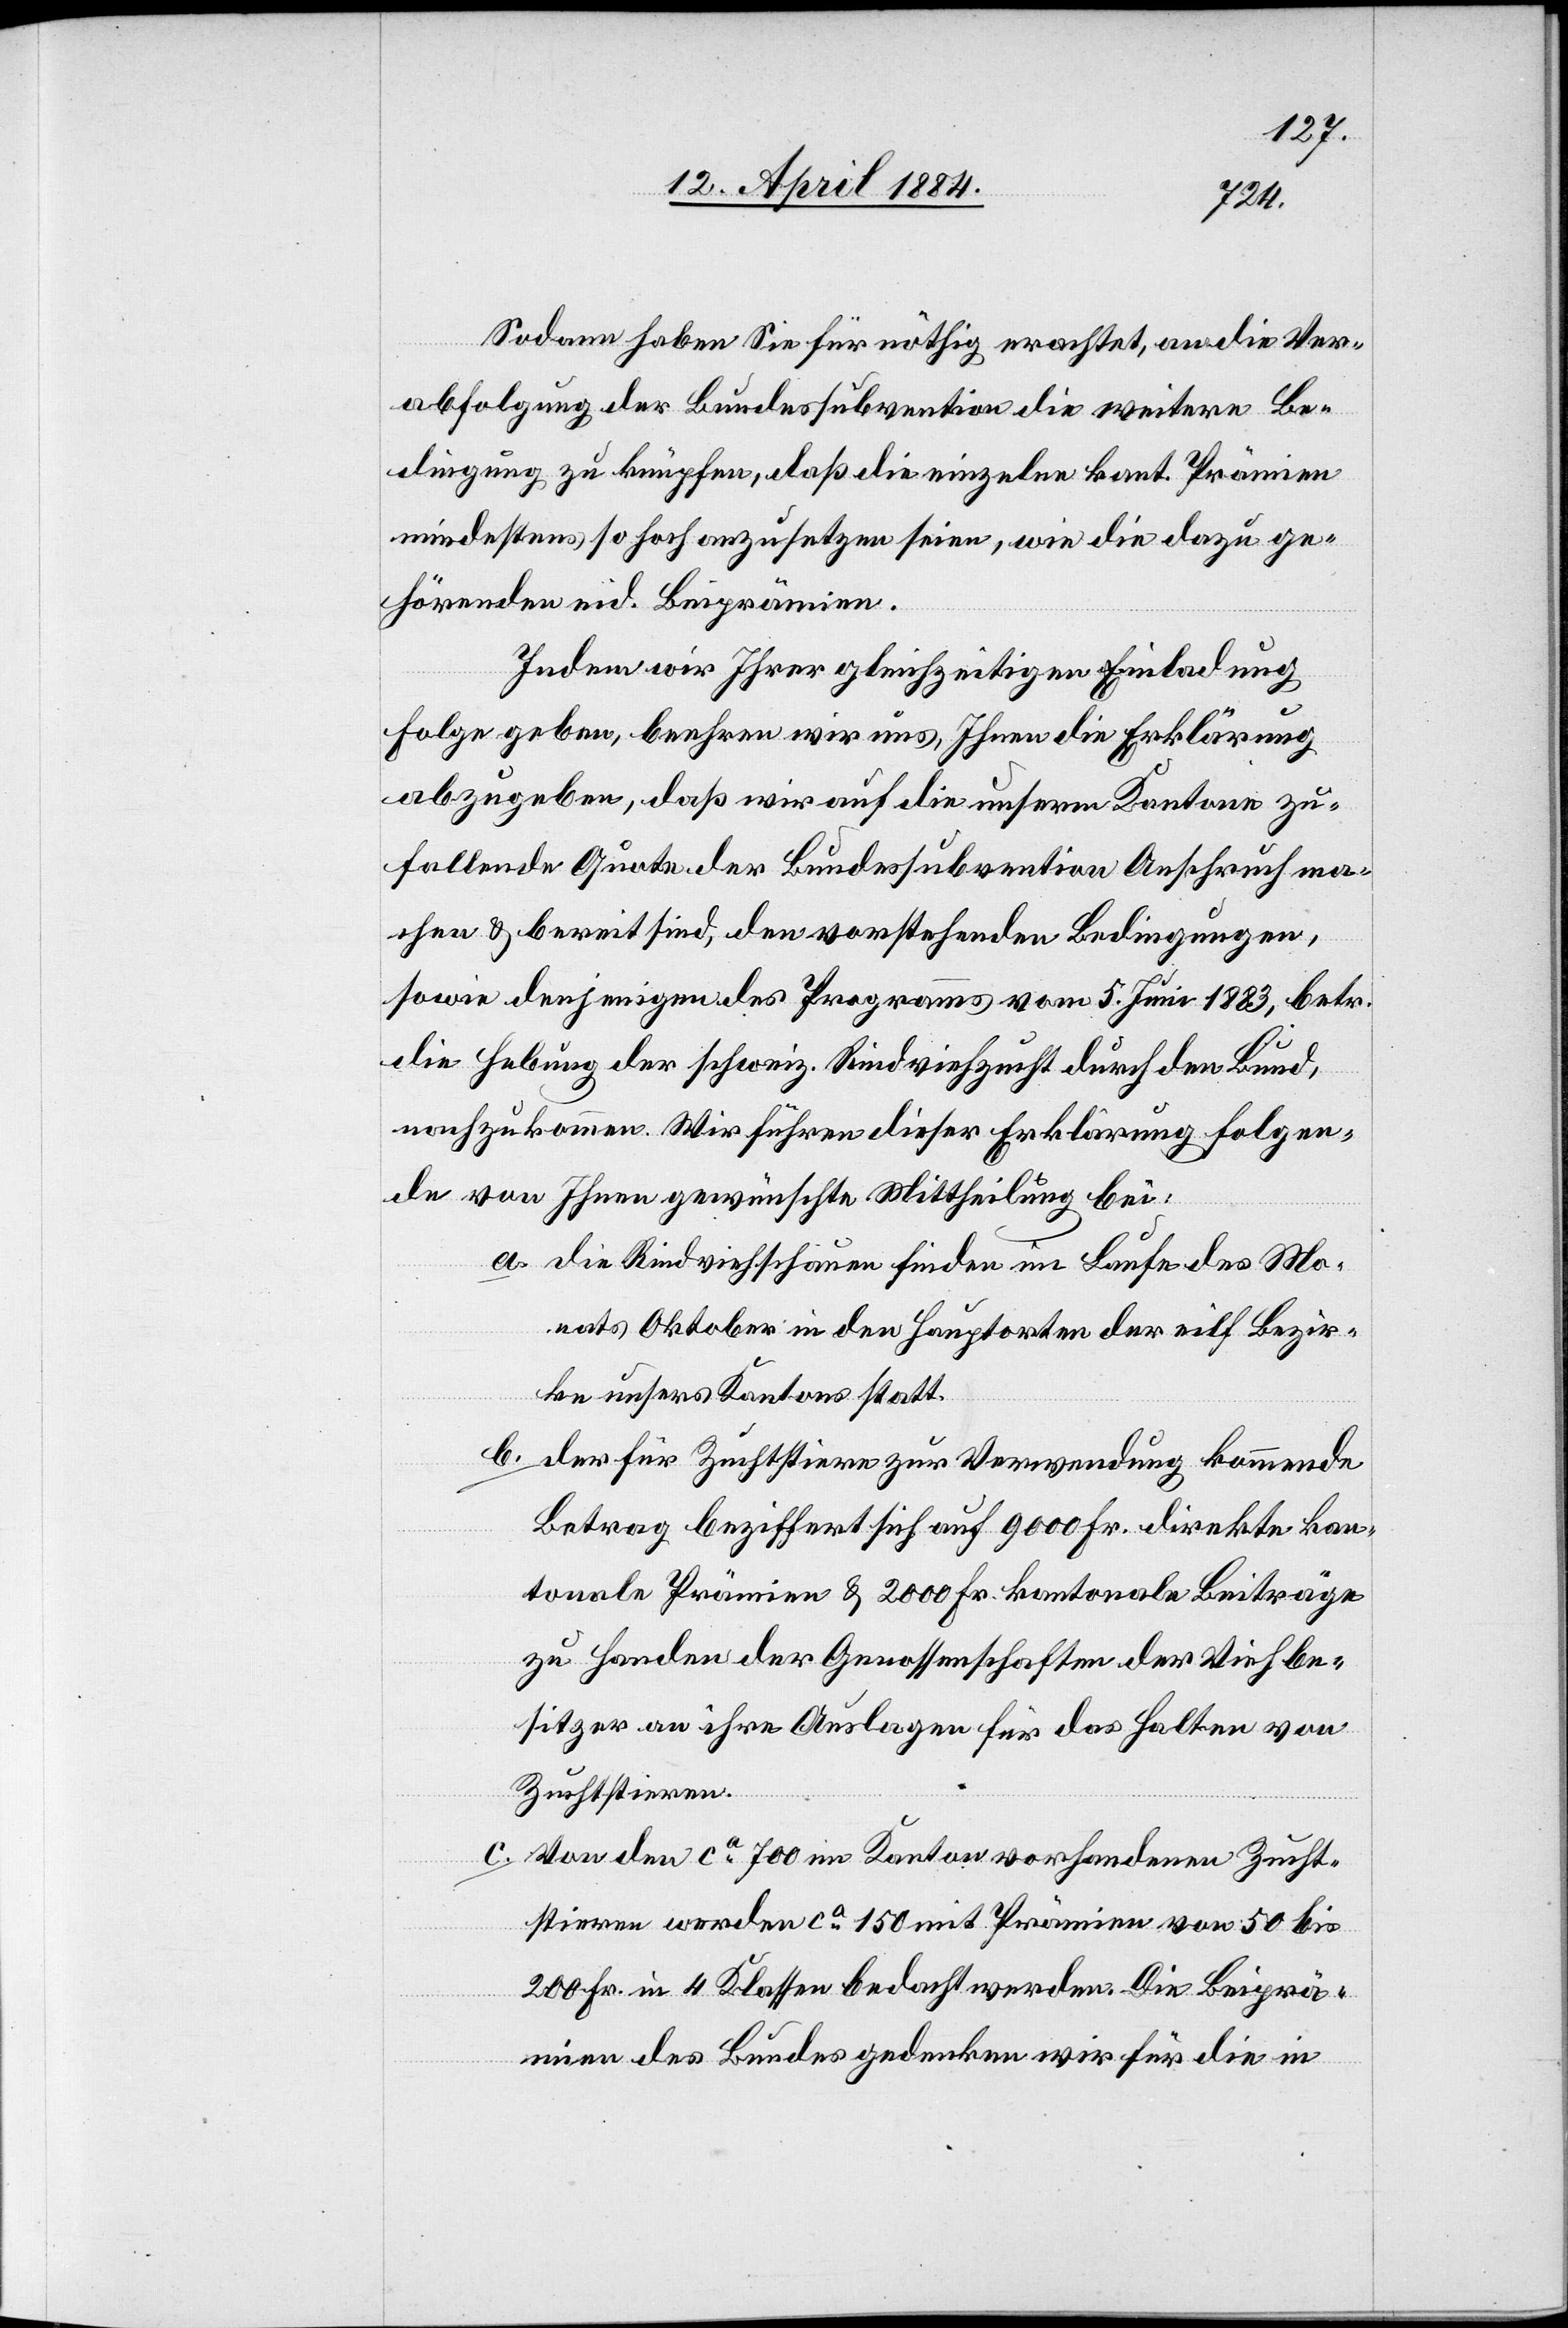
Sodann haben Sie für nöthig erachtet, an die Ver¬
abfolgung der Bundessubvention die weitere Be¬
dingung zu knüpfen, daß die einzelne kant. Prämien
mindestens so hoch anzusetzen seien, wie die dazu ge¬
hörenden eid. Beiprämien.
Indem wir Ihrer gleichzeitigen Einladung
Folge geben, beehren wir uns, Ihnen die Erklärung
abzugeben, daß wir auf die unsern Kantone zu¬
fallende Quote der Bundessubvention Anschruch
machen & bereit sind, den vorstehenden Bedingungen,
sowie denjenigen des Programms vom 5. Juni 1883, betr.
die Hebung der schweiz. Rindviehzucht durch den Bund,
nachzukommen. Wir führen dieser Erklärung folgen¬
de von Ihnen gewünschte Mittheilung bei:
a. die Rindviehschauen finden im Laufe des Mo¬
nats Oktober in den Hauptorten der elf Bezir¬
ke unsers Kantons statt.
b. der für Zuchtstiere zur Verwendung kommende
Betrag beziffert sich auf 9000 Fr. direkte kan¬
tonale Prämie & 2000 Fr. kantonale Beiträge
zu Handen der Genossenschaften der Viehbe¬
sitzer an ihre Auslagen für das Halten von
Zuchtstieren.
c. Von den ca 700 im Kanton vorhandenen Zucht¬
stieren werden ca 150 mit Prämien von 50 bis
200 Fr. in 4 Klassen bedacht werden. Die Beiprä¬
mien des Bundes gedenken wir für die in